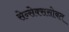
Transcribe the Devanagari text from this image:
सेन्सेक्ससोबत